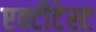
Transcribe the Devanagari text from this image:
एक्टीटेस्ट